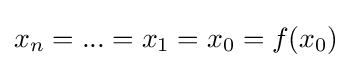
x_{n}=...=x_{1}=x_{0}=f(x_{0})